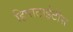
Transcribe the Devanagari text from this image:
हिपाटाईटीस